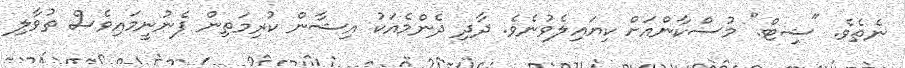
ނެތެވެ. "ޝިޓް." މުސްކާންއަށް ކިޔައިލެވުނެވެ. ދާދި ދެންމެއަކު އިޝާން ކުރިމަތިން ފެނުނީމައިވެސް ތުވާލި